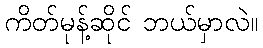
ကိတ်မုန့်ဆိုင် ဘယ်မှာလဲ။